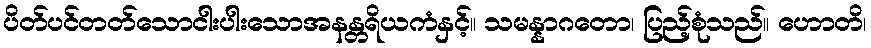
ပိတ်ပင်တတ်သောငါးပါးသောအနန္တရိယကံနှင့်။ သမန္နာဂတော၊ ပြည့်စုံသည်။ ဟောတိ၊